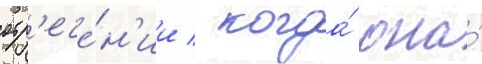
отр'ече́н'ии / когда́ она́